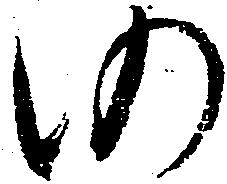
仍